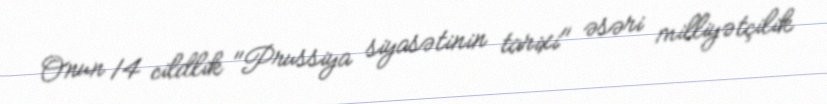
Onun 14 cildlik "Prussiya siyasətinin tarixi" əsəri milliyətçilik